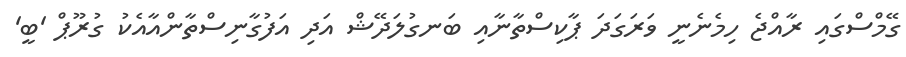
ގޭމްސްގައި ރާއްޖެ ހިމެނެނީ ވަރަގަދަ ޕާކިސްތާނާއި ބަނގުލަދޭޝް އަދި އަފުގާނިސްތާންއާއެކު ގުރޫޕް 'ބީ'